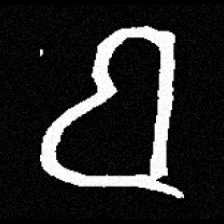
Pyu character \u2014 Myanmar letter: ဗ (romanized: ba)